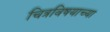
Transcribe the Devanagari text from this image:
चित्रविषयाच्या